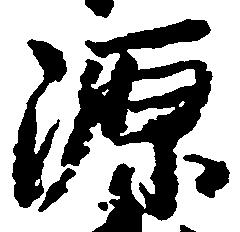
源